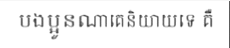
បងប្អូនណាគេនិយាយទេ គឺ